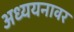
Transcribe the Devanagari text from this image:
अध्ययनावर